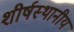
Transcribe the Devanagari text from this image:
शीर्षस्थानीय